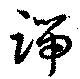
端